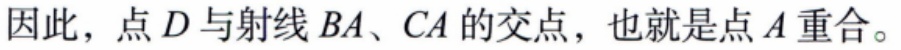
因此，点\(D\)与射线\(BA\)、\(CA\)的交点，也就是点\(A\)重合。